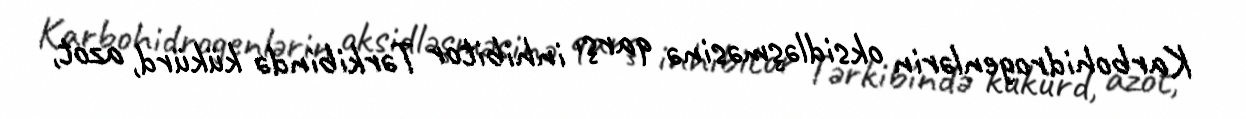
Karbohidrogenlərin oksidləşməsinə qarşı inhibitor Tərkibində kükürd, azot,